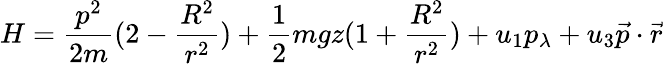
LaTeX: H={\frac{p^{2}}{2m}}(2-{\frac{R^{2}}{r^{2}}})+{\frac{1}{2}}mgz(1+{\frac{R^{2}}{r^{2}}})+u_{1}p_{\lambda}+u_{3}{\vec{p}}\cdot{\vec{r}}